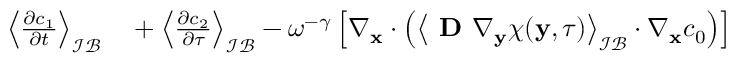
\begin{array} { r l } { \left\langle \frac { \partial c _ { 1 } } { \partial t } \right\rangle _ { \mathcal { I B } } } & { { } + \left\langle \frac { \partial c _ { 2 } } { \partial \tau } \right\rangle _ { \mathcal { I B } } - \omega ^ { - \gamma } \left[ \nabla _ { \mathbf { x } } \cdot \left( \left\langle \textbf { D } \nabla _ { \mathbf y } \boldsymbol \chi ( \mathbf y , \tau ) \right\rangle _ { \mathcal { I B } } \cdot \nabla _ { \mathbf x } c _ { 0 } \right) \right] } \end{array}